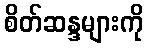
စိတ်ဆန္ဒများကို